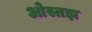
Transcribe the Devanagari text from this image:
ओस्तझ